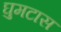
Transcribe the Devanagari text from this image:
घुमटास